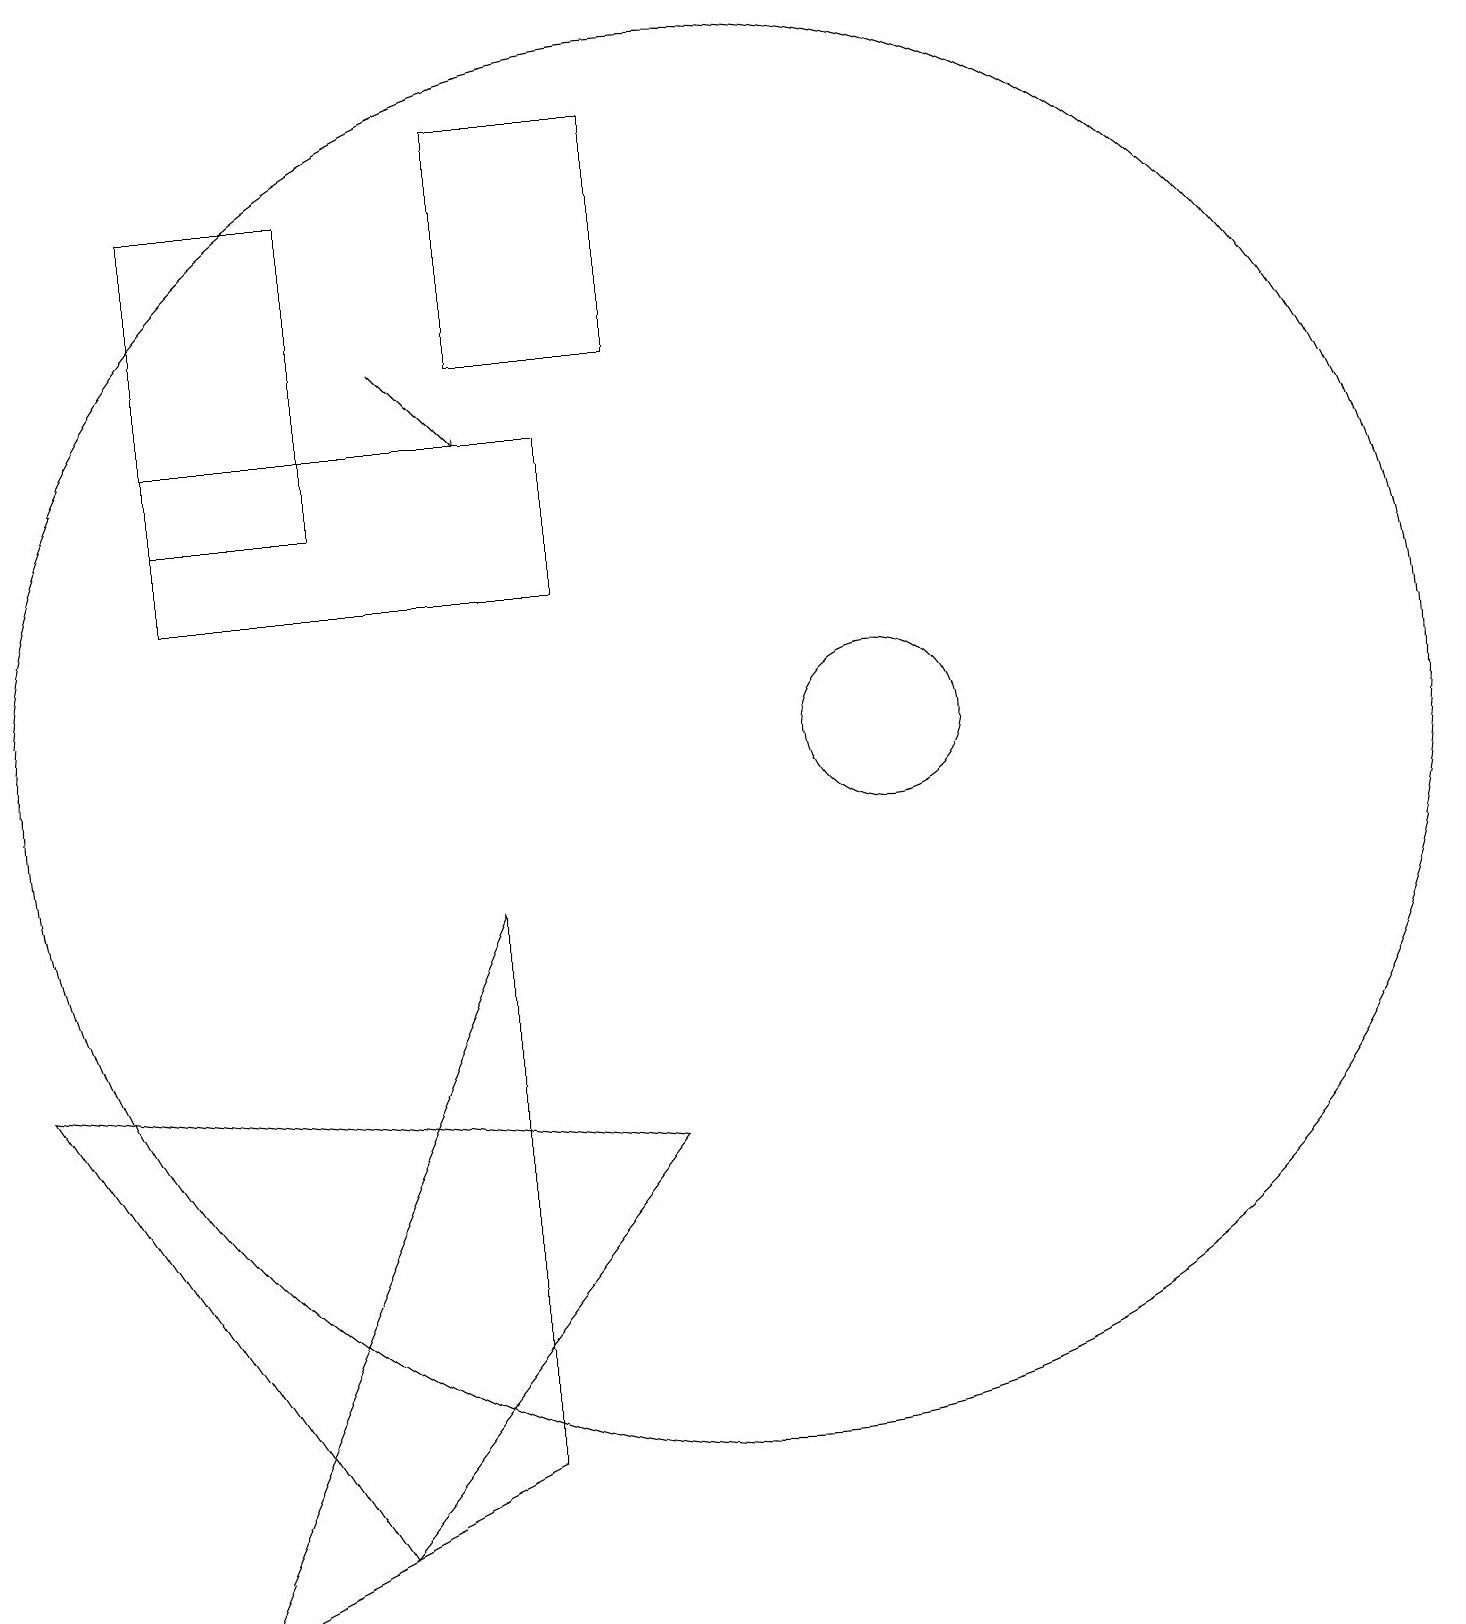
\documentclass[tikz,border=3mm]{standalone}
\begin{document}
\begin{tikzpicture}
\draw (1,7) -- (9,6) -- (5,1) -- cycle;
\draw (9,19) rectangle (7,16);
\draw (10,11) circle (9);
\draw[->] (6,16) -- (7,15);
\draw (12,11) circle (1);
\draw (3,14) rectangle (5,18);
\draw (8,13) rectangle (3,15);
\draw (7,2) -- (3,0) -- (7,9) -- cycle;
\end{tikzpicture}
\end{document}